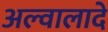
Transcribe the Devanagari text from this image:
अल्वालादे